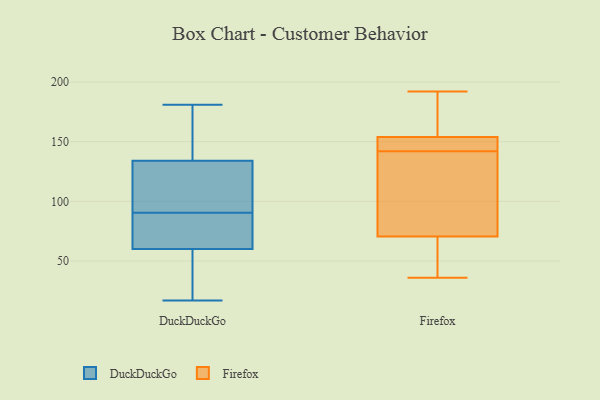
{"axis": {"x": "Website Visitors", "y": "Value"}, "legend": ["DuckDuckGo", "Firefox"], "data": [{"x": "", "y": 171, "type": "DuckDuckGo"}, {"x": "", "y": 17, "type": "DuckDuckGo"}, {"x": "", "y": 160, "type": "DuckDuckGo"}, {"x": "", "y": 107, "type": "DuckDuckGo"}, {"x": "", "y": 181, "type": "DuckDuckGo"}, {"x": "", "y": 80, "type": "DuckDuckGo"}, {"x": "", "y": 48, "type": "DuckDuckGo"}, {"x": "", "y": 92, "type": "DuckDuckGo"}, {"x": "", "y": 90, "type": "DuckDuckGo"}, {"x": "", "y": 79, "type": "DuckDuckGo"}, {"x": "", "y": 54, "type": "DuckDuckGo"}, {"x": "", "y": 59, "type": "DuckDuckGo"}, {"x": "", "y": 142, "type": "DuckDuckGo"}, {"x": "", "y": 91, "type": "DuckDuckGo"}, {"x": "", "y": 148, "type": "DuckDuckGo"}, {"x": "", "y": 92, "type": "DuckDuckGo"}, {"x": "", "y": 126, "type": "DuckDuckGo"}, {"x": "", "y": 61, "type": "DuckDuckGo"}, {"x": "", "y": 39, "type": "DuckDuckGo"}, {"x": "", "y": 73, "type": "DuckDuckGo"}, {"x": "", "y": 145, "type": "Firefox"}, {"x": "", "y": 153, "type": "Firefox"}, {"x": "", "y": 36, "type": "Firefox"}, {"x": "", "y": 60, "type": "Firefox"}, {"x": "", "y": 139, "type": "Firefox"}, {"x": "", "y": 186, "type": "Firefox"}, {"x": "", "y": 151, "type": "Firefox"}, {"x": "", "y": 133, "type": "Firefox"}, {"x": "", "y": 155, "type": "Firefox"}, {"x": "", "y": 63, "type": "Firefox"}, {"x": "", "y": 78, "type": "Firefox"}, {"x": "", "y": 192, "type": "Firefox"}]}